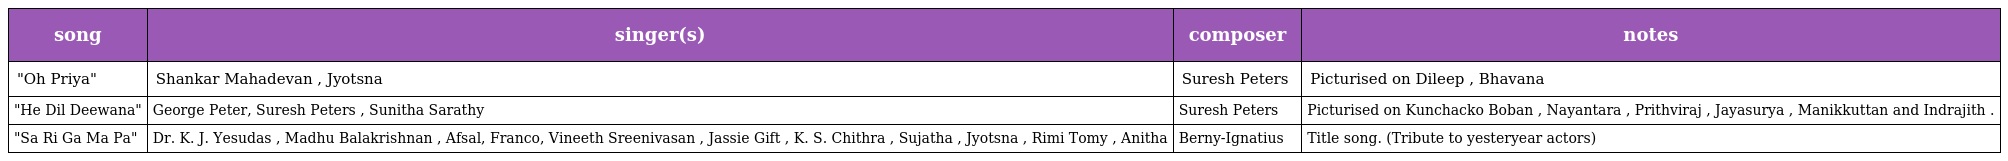
| song | singer(s) | composer | notes |
 | --- | --- | --- | --- |
 | "Oh Priya" | Shankar Mahadevan , Jyotsna | Suresh Peters | Picturised on Dileep , Bhavana |
 | "He Dil Deewana" | George Peter, Suresh Peters , Sunitha Sarathy | Suresh Peters | Picturised on Kunchacko Boban , Nayantara , Prithviraj , Jayasurya , Manikkuttan and Indrajith . |
 | "Sa Ri Ga Ma Pa" | Dr. K. J. Yesudas , Madhu Balakrishnan , Afsal, Franco, Vineeth Sreenivasan , Jassie Gift , K. S. Chithra , Sujatha , Jyotsna , Rimi Tomy , Anitha | Berny-Ignatius | Title song. (Tribute to yesteryear actors) |